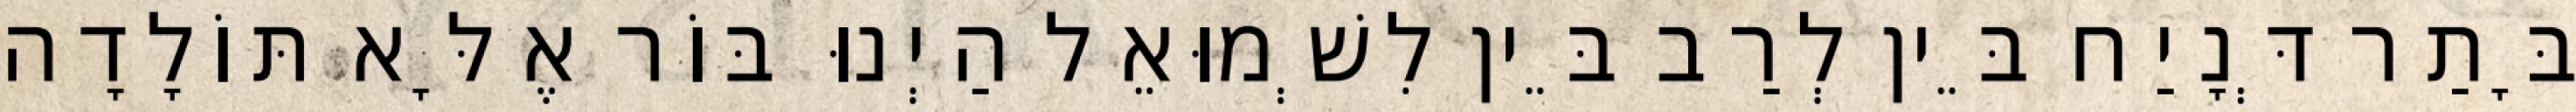
בָּתַר דְּנָיַח בֵּין לְרַב בֵּין לִשְׁמוּאֵל הַיְנוּ בּוֹר אֶלָּא תּוֹלָדָה